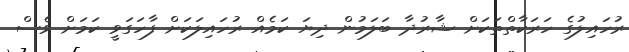
ރުހައިލުގެ ހަރަކާތްތަކަށް ޝާރުދާ ބަލަމުން ދިޔަ ކަމެއް ރުހައިލަކަށް ފާހަގަވީ ކަމަށް ވެސް